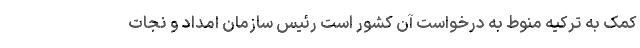
کمک به ترکیه منوط به درخواست آن کشور است رئیس سازمان امداد و نجات